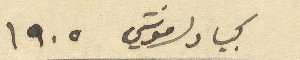
كبيا دلمونتي ١۹٠٥